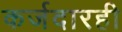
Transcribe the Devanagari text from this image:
कर्जदारही